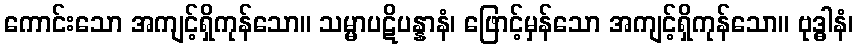
ကောင်းသော အကျင့်ရှိကုန်သော။ သမ္မာပဋိပန္နာနံ၊ ဖြောင့်မှန်သော အကျင့်ရှိကုန်သော။ ဗုဒ္ဓါနံ၊